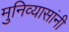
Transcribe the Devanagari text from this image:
मुनिव्यासांनी